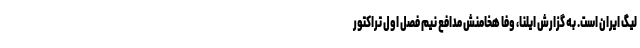
لیگ ایران است. به گزارش ایلنا، وفا هخامنش مدافع نیم فصل اول تراکتور